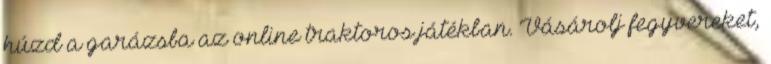
húzd a garázsba az online traktoros játékban. Vásárolj fegyvereket,